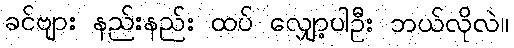
ခင်ဗျား နည်းနည်း ထပ် လျှော့ပါဦး ဘယ်လိုလဲ။